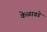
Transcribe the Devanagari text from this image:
केळावडे